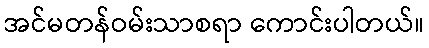
အင်မတန်ဝမ်းသာစရာ ကောင်းပါတယ်။